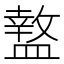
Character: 盩